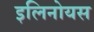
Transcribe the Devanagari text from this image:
इलिनोयस